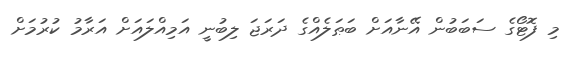
މި ފޮޓޯގެ ސަބަބުން އޭނާއަށް ބަޠަލެއްގެ ދަރަޖަ ލިބުނީ އަމިއްލައަށް އަރާމު ކުރުމަށް